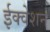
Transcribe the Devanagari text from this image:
ईक्वेशन